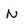
Character: N